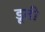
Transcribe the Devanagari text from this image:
डूती